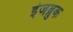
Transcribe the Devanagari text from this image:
इंजब्रुक